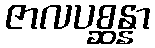
ဇာလပစ္ဆန္နာ